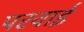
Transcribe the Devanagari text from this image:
परवाई